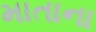
માતાના